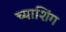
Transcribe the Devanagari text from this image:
च्याशिंग